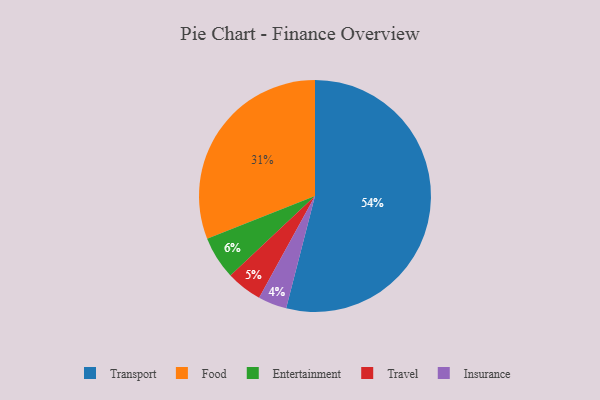
{"axis": {"x": "Category", "y": "Percentage"}, "legend": ["Entertainment", "Food", "Insurance", "Transport", "Travel"], "data": [{"x": "Transport", "y": 54, "type": "Transport"}, {"x": "Insurance", "y": 4, "type": "Insurance"}, {"x": "Entertainment", "y": 6, "type": "Entertainment"}, {"x": "Travel", "y": 5, "type": "Travel"}, {"x": "Food", "y": 31, "type": "Food"}]}